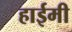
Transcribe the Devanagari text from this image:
हाईमी